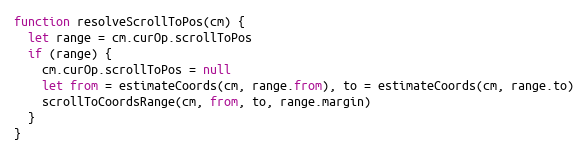
Language: JavaScript
function resolveScrollToPos(cm) {
  let range = cm.curOp.scrollToPos
  if (range) {
    cm.curOp.scrollToPos = null
    let from = estimateCoords(cm, range.from), to = estimateCoords(cm, range.to)
    scrollToCoordsRange(cm, from, to, range.margin)
  }
}